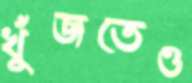
খুঁজতেও